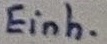
Text: Einh.